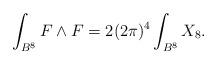
LaTeX: \begin{align*}\int_{B^{8}} F \wedge F = 2 (2\pi)^4 \int_{B^8} X_{8}.\end{align*}